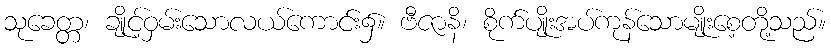
သုခေတ္တ၊ ချိုင့်ဝှမ်းသောလယ်ကောင်း၌။ ဗီဇာနိ၊ စိုက်ပျိုးအပ်ကုန်သောမျိုးစေ့တို့သည်။